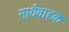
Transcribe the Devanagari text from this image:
सार्थवाहक